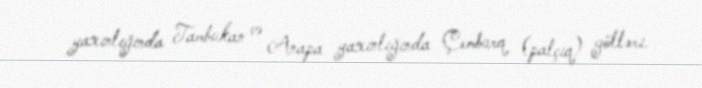
yaxınlığında Tambukan və Anapa yaxınlığında Çemburq (palçıq) gölləri.